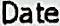
DATE